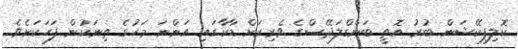
ކޮލިފިކޭޝަން ބުރު އޮތީ ބަންގްލަދޭސްގެ ވެރިރަށް ޑާކާގައި އަންނަ މަހުގެ ތިނަކުން ފަހަކަށެވެ.